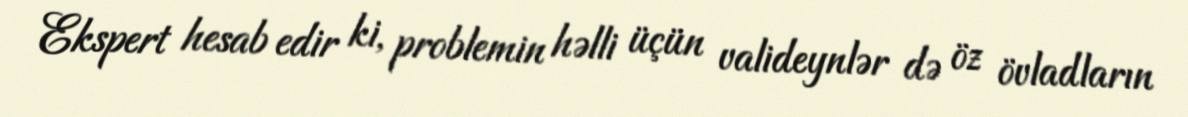
Ekspert hesab edir ki, problemin həlli üçün valideynlər də öz övladların